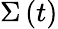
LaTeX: \Sigma\, (t)